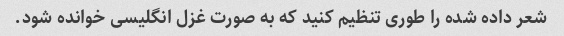
شعر داده شده را طوری تنظیم کنید که به صورت غزل انگلیسی خوانده شود.